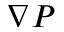
\nabla P